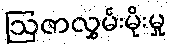
ဩဇာလွှမ်းမိုးမှု